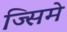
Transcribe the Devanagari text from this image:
ज्सिमे